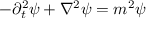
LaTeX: - \partial _ { t } ^ { 2 } \psi + \nabla ^ { 2 } \psi = m ^ { 2 } \psi